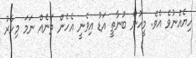
ހިޔެއްނުވެ އެވެ. މީހުން ބުނާތީ އަޑު އިވެނީ އެހެން ތަނެއް ނަމަ މިހާރު